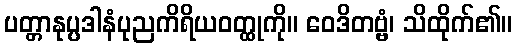
ပတ္တာနုပ္ပဒါနံပုညကိရိယဝတ္ထုကို။ ဝေဒိတဗ္ဗံ၊ သိထိုက်၏။